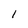
Character: l